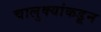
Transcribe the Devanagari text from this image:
चालुक्यांकडून